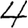
Digit: 4